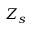
Z _ { s }